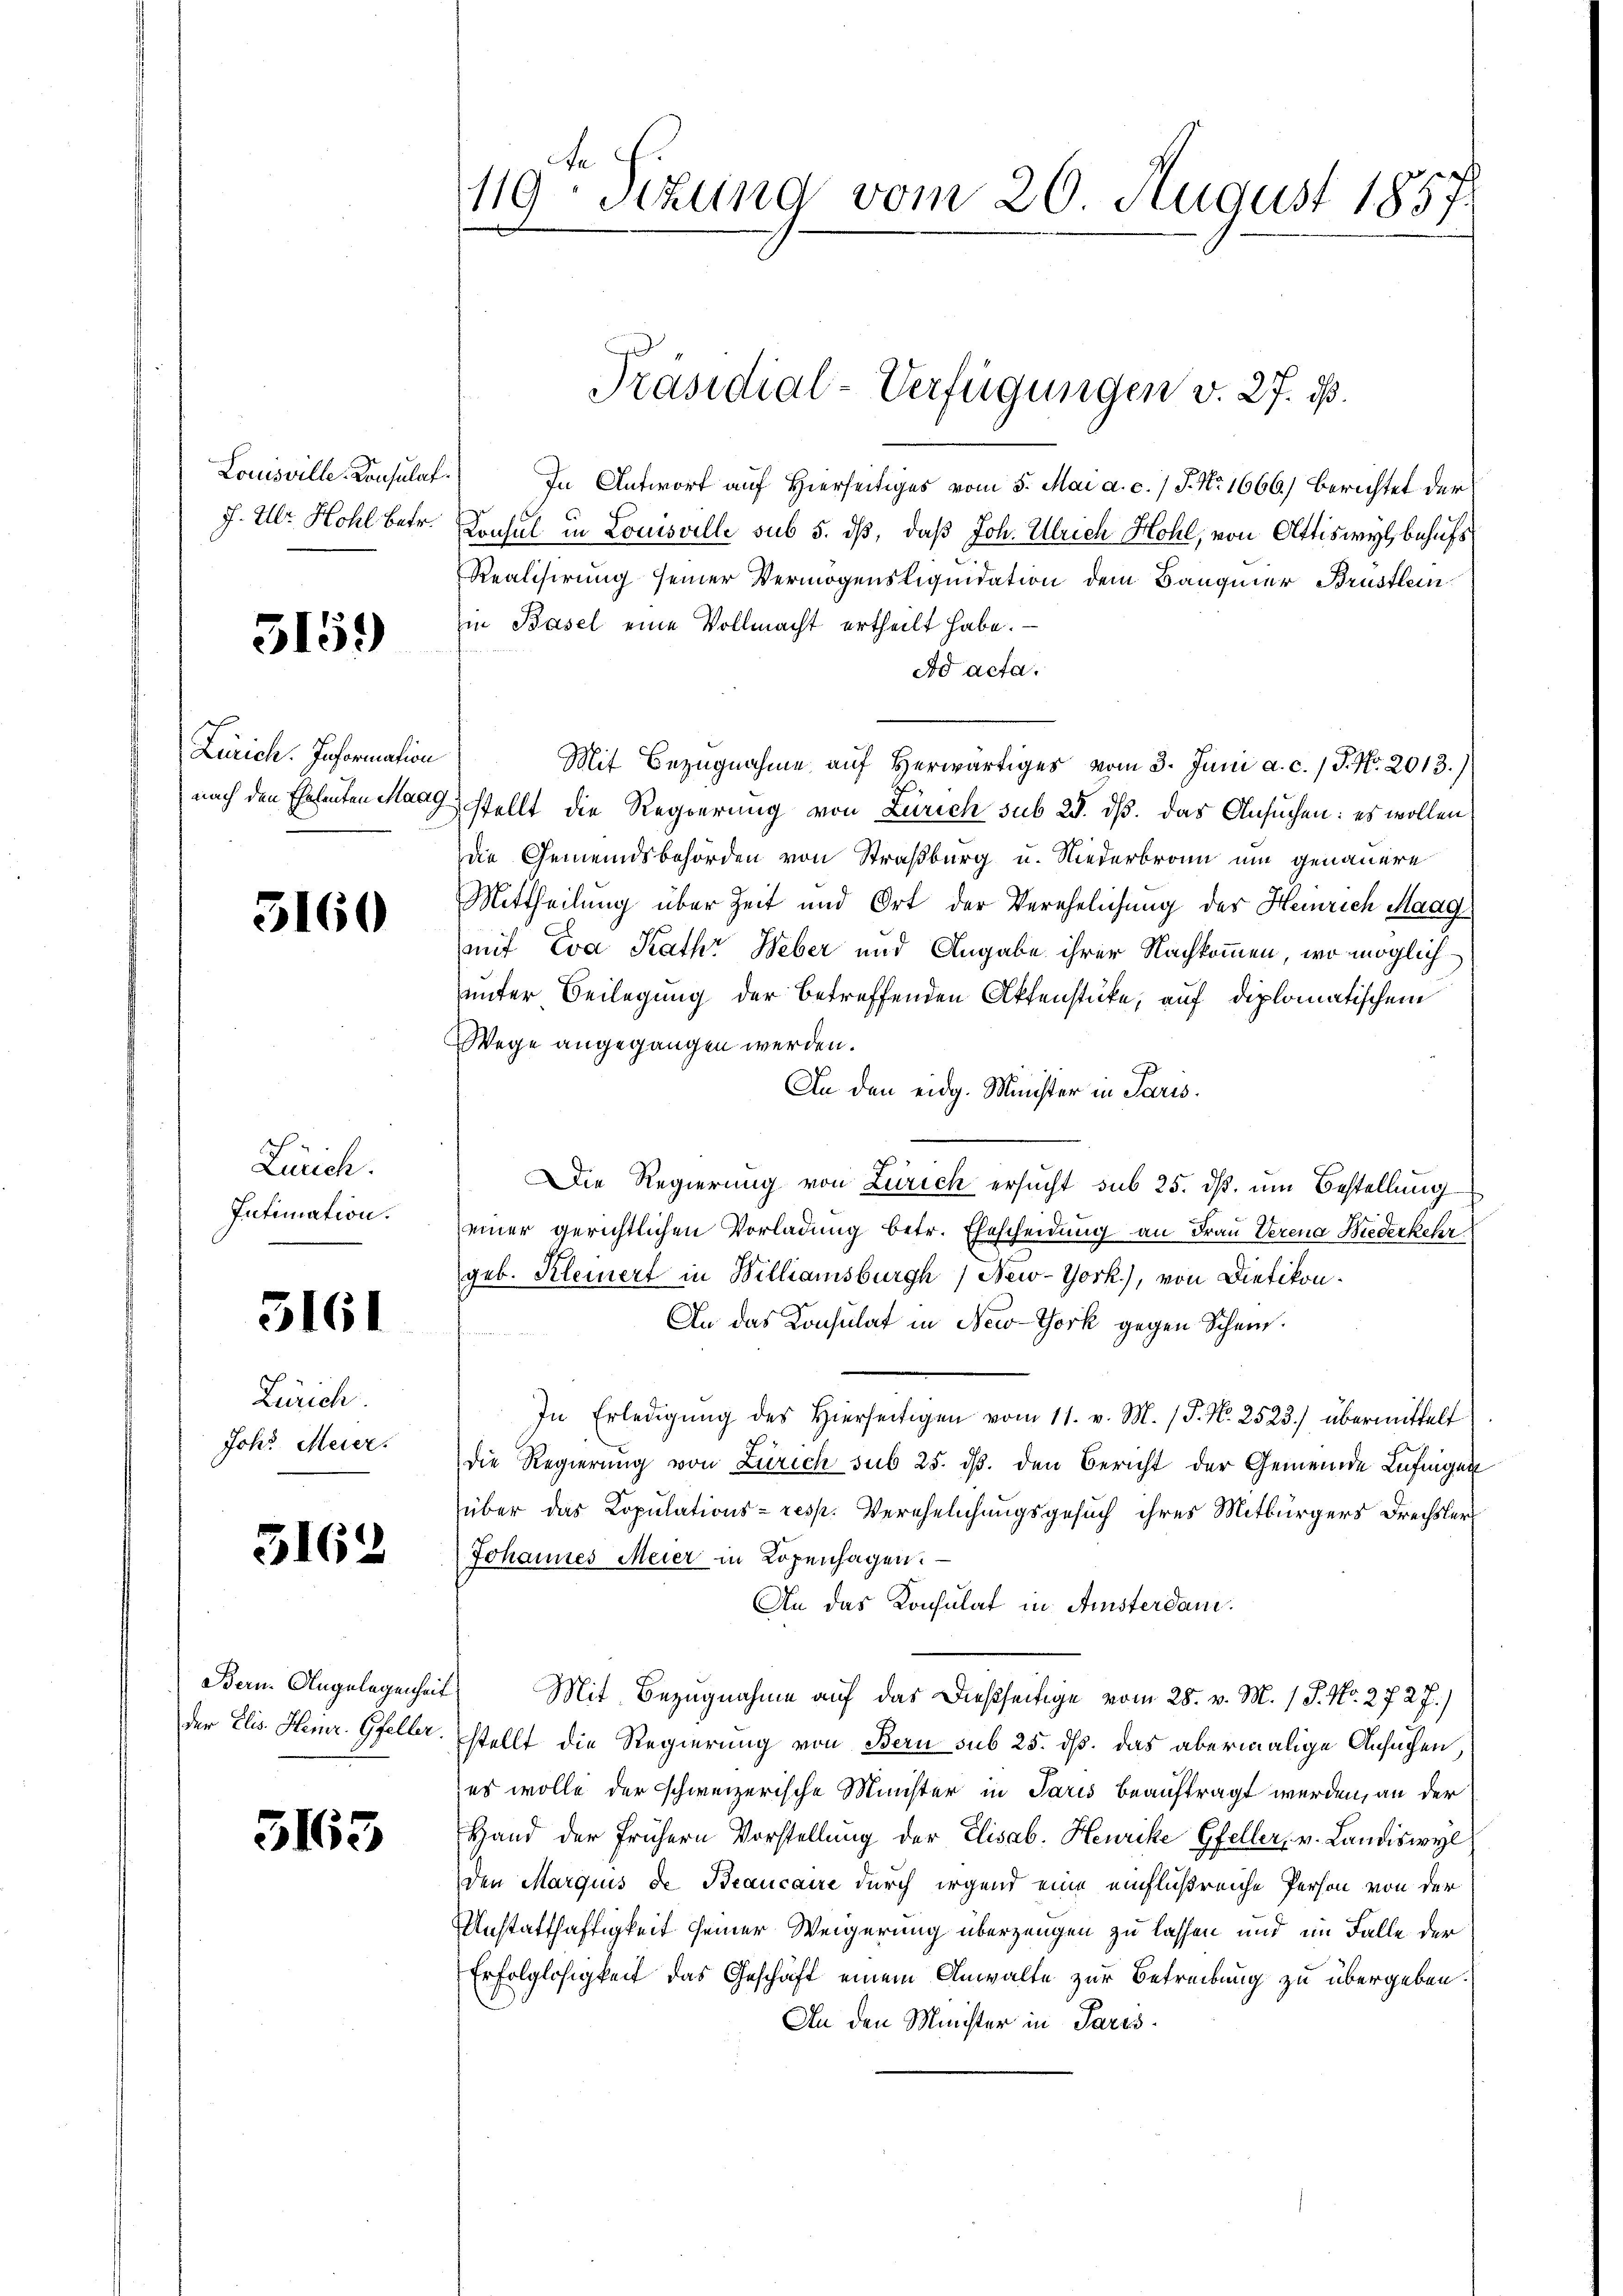
Louisville. Consulat

3159

Zürich. Information

5160

Zürich.
Intimation.

5161

Zürich
Joh. Meier.

5162

Bern. Angelegenheit

5163

119 Sizung vom 20. August 1857

In Antwort auf Hierseitiges vom 5. Mai a. c. 7 J. No. 1666.) Berichtet der
J. Ulr. Hohl betr. Consul in Louisville sub 5. dß, daß Joh. Ulrich Hohl, von Attiswyl, behufs
Realisirung seiner Vermögensliquidation dem Bangner Brüstlein
in Basel eine Vollmacht ertheilt habe.
s
Ad acta.
Mit Bezugnahme auf Herwärtiges vom 3. Juni a. c. 1 P. Nr. 2013.)
nach den Ehetenten Maag stellt die Regierung von Zürich sub 25. ds. das Ansuchen: es wollen
die Gemeindsbehörden von Straßburg u. Niederbrann um genauere
Mittheilung über Zeit und Ort der Verehelichung des Heinrich Maag
mit Eva Kath Weber und Angabe ihrer Nachkommen, wo möglich
unter Beilegung der betreffenden Aktenstücke, auf diplomatischem
Wege angegangen werden.
An den eidg. Minister in Paris.
Die Regierung von Zürich ersucht sub 25. ds. um Bestellung
einer gerichtlichen Vorladung betr. Ehescheidung an Frau Verena Wiederkehr
geb. Kleinert in Billiamsburgh / New-York), von Dietikon.
An das Konsulat in New-York gegen Scheu¬
In Erledigŭng des hierseitigen vom 11. v. M. / P. Nr. 2523.) übermittelt
die Regierung von Zürich sub 25. ds. den Bericht der Gemeinde Lufingen
über das Copulations- resp. Verehelichungsgesuch ihres Mitbürgers Drechsler
Johannes Meier in Kopenhagen.
An das Konsulat in Amsterdan¬
Mit Bezugnahme auf das dießseitige vom 28. v. M. 1 S. Nr. 272 J.)
der Elis. Henr. Gfeller. stellt die Regierung von Bern sub 25. dß. das abermalige Ansuchen,
es wolle der schweizerische Minister in Paris beauftragt werden, an der
Hand der frühern Vorstellung der Elisab. Heurike Gfeller, v. Landiswyl
den Margius de Beaucaire durch irgend eine einflußreiche Person von der
Anstatthaftigkeit seiner Weigerung überzeugen zu lassen und im Falle der
Erfolglosigkeit das Geschäft einem Anwalte zur Betreibung zu übergeben.
An den Minister in Paris

Präsidial-Verfügungen v. 27. d.